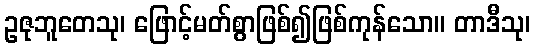
ဥဇုဘူတေသု၊ ဖြောင့်မတ်စွာဖြစ်၍ဖြစ်ကုန်သော။ တာဒီသု၊